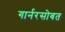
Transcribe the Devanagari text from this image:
गार्नरसोबत